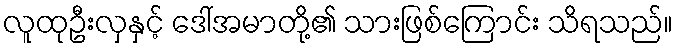
လူထုဦးလှနှင့် ဒေါ်အမာတို့၏ သားဖြစ်ကြောင်း သိရသည်။